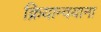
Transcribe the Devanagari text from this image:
क्रियान्वयाना